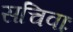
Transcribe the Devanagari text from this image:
सचिवाः